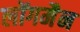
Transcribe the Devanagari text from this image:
लोंगमैन